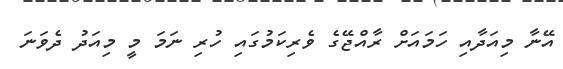
އޭނާ މިއަދާއި ހަމައަށް ރާއްޖޭގެ ވެރިކަމުގައި ހުރި ނަމަ މީ މިއަދު ދެވަނަ